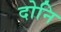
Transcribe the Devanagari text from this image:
दोनि